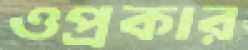
ওপ্রকার